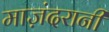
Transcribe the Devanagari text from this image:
माज़ंदरानी